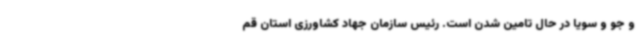
و جو و سویا در حال تامین شدن است. رئیس سازمان جهاد کشاورزی استان قم